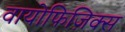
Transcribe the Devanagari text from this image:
वायोफिज़िक्स